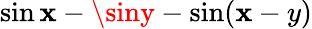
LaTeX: \sin\mathbf{x}-\siny-\sin(\mathbf{x}-y)